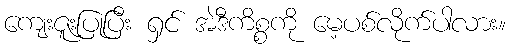
ကျေးဇူးပြုပြီး ရှင် အဲဒီကိစ္စကို မေ့ပစ်လိုက်ပါလား။